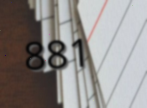
881